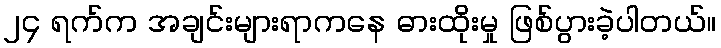
၂၄ ရက်က အချင်းများရာကနေ ဓားထိုးမှု ဖြစ်ပွားခဲ့ပါတယ်။